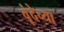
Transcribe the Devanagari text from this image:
वृंदेच्या